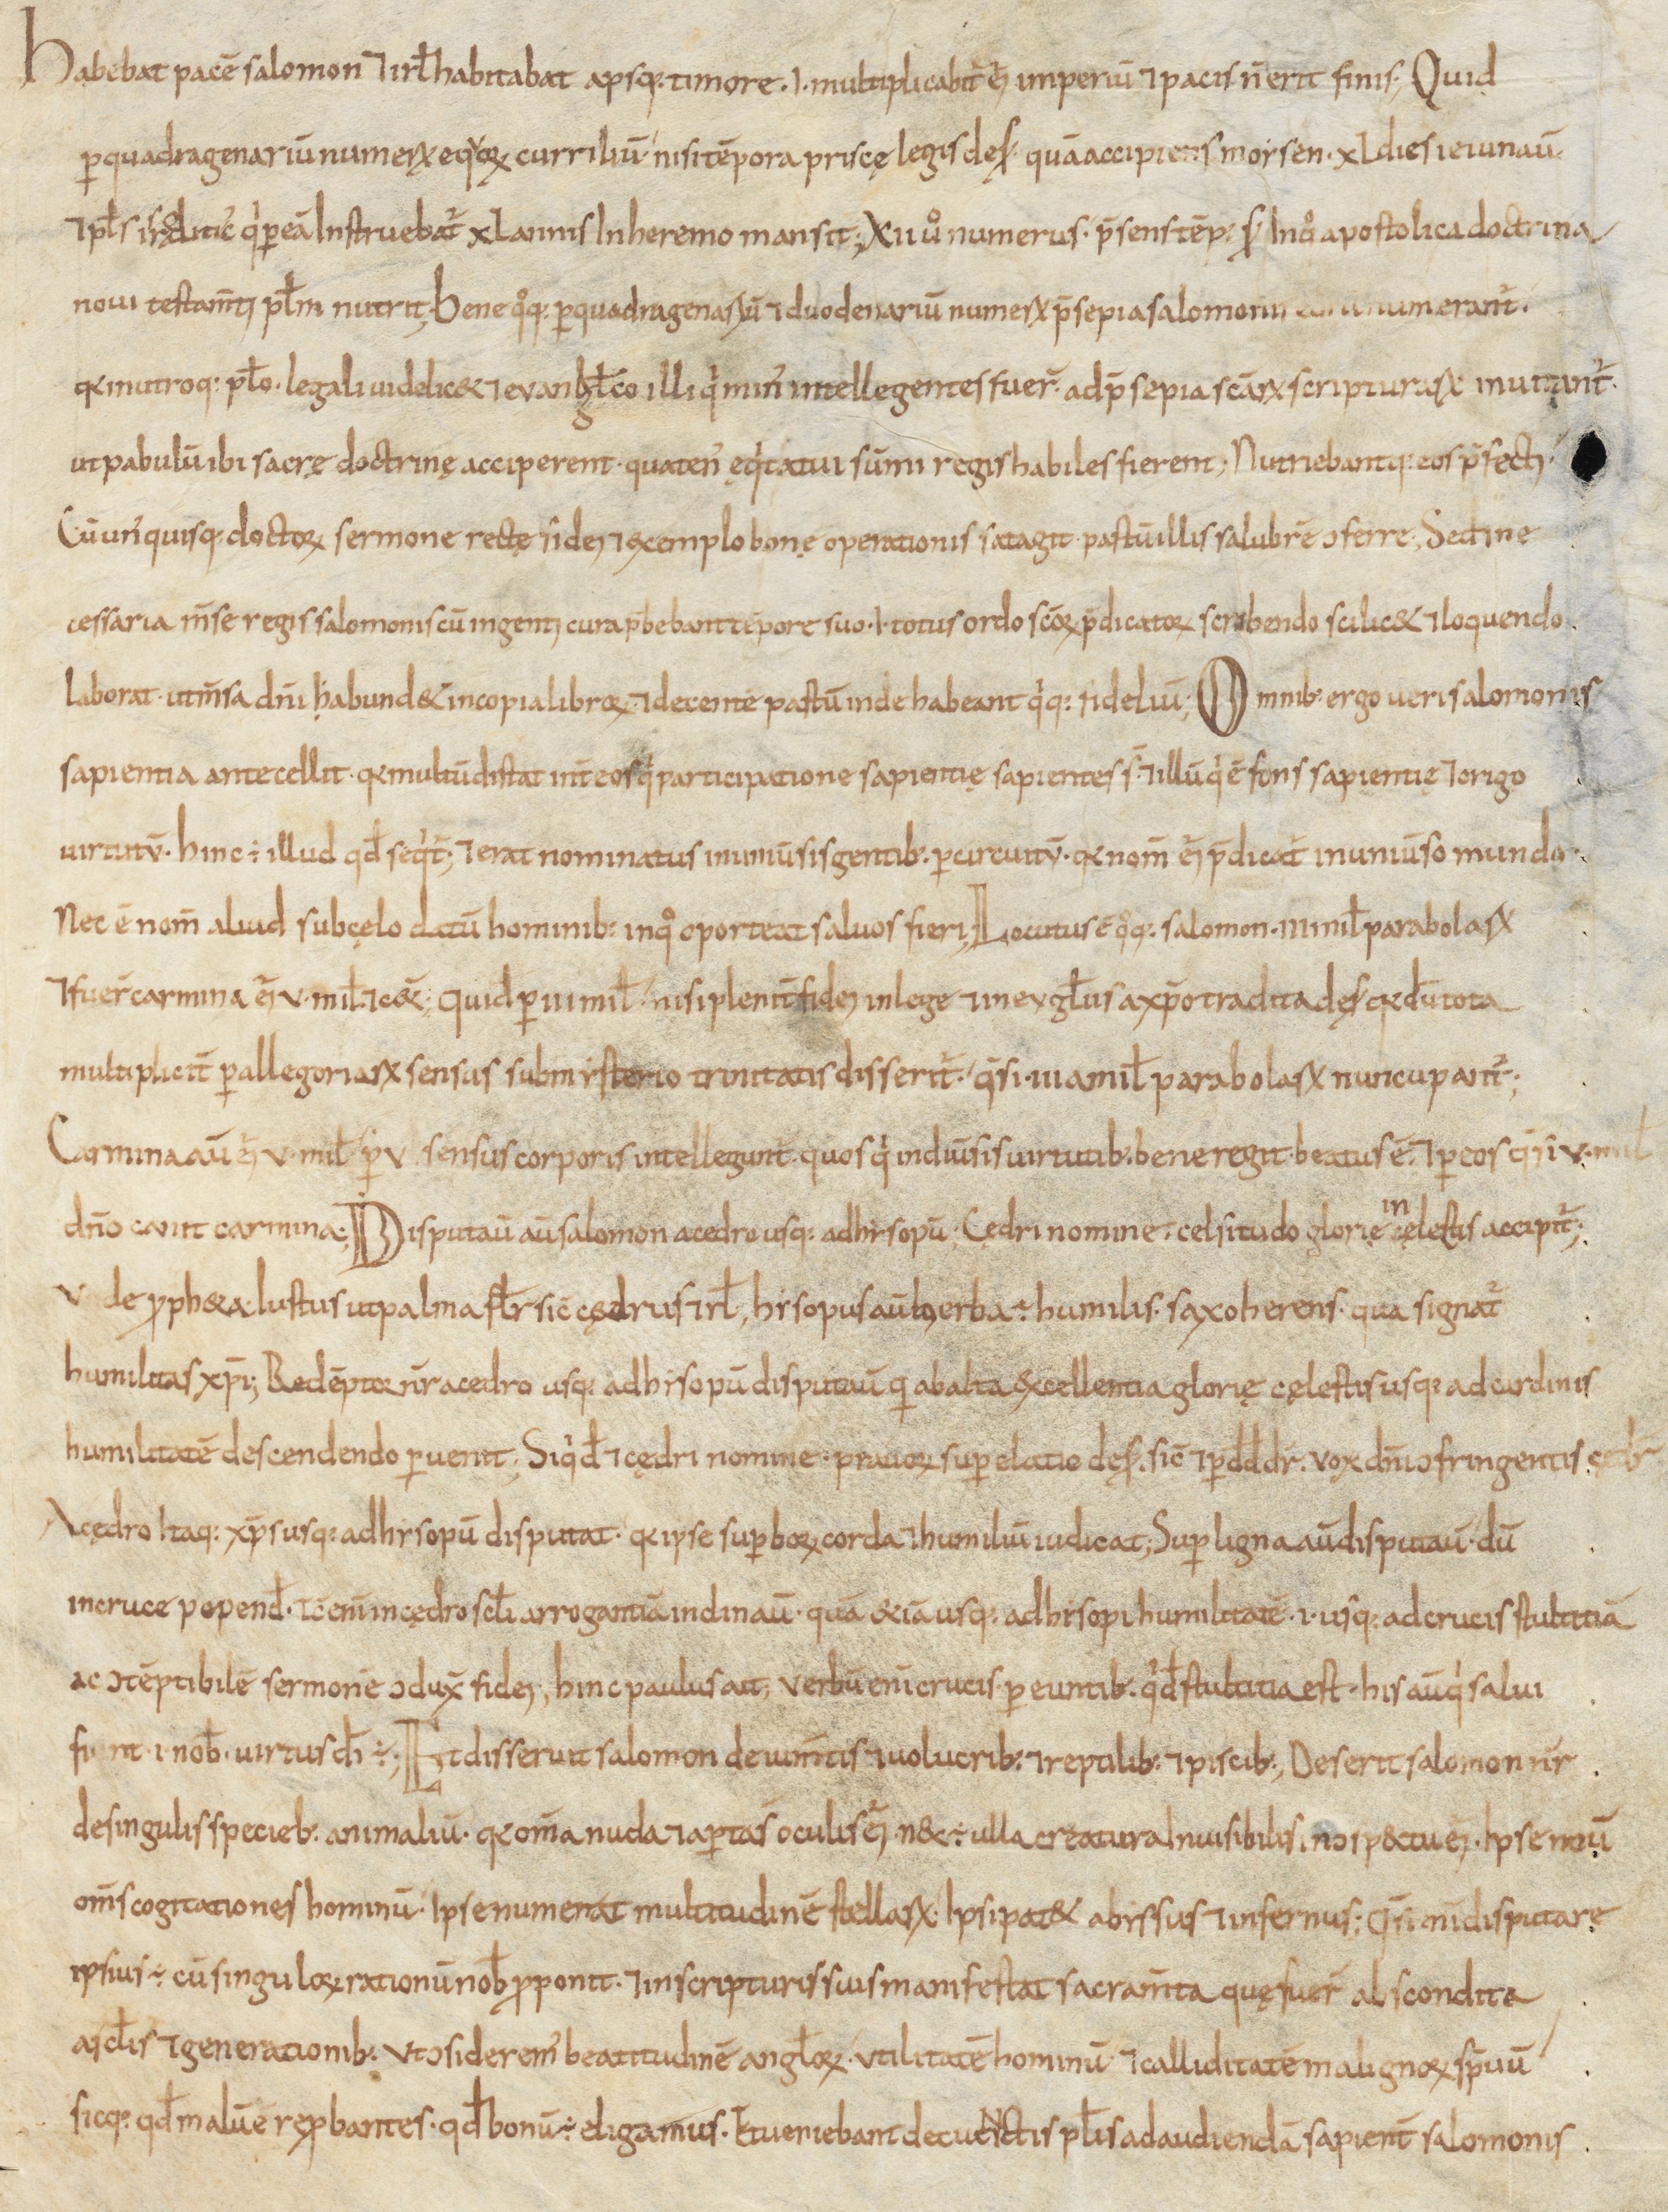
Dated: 800–899